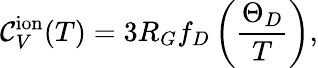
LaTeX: \mathcal{C}_{V}^{\mathrm{{ion}}}(T)=3R_{G}f_{D}\left(\frac{{\Theta_{D}}}{{T}}\right),